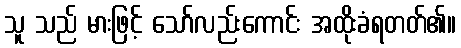
သူ သည် မားဖြင့် သော်လည်းကောင်း အထိုးခံရတတ်၏။